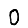
Digit: 0